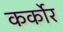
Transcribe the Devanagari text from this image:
कर्कोर